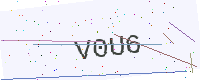
Text: V0U6